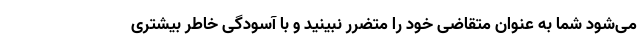
می‌شود شما به عنوان متقاضی خود را متضرر نبینید و با آسودگی خاطر بیشتری